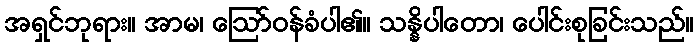
အရှင်ဘုရား။ အာမ၊ ဩော်ဝန်ခံပါ၏။ သန္နိပါတော၊ ပေါင်းစုခြင်းသည်။